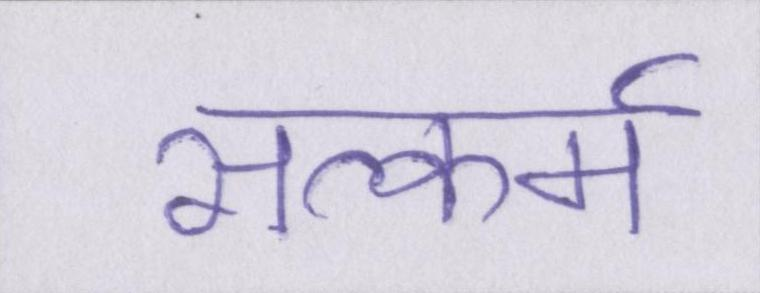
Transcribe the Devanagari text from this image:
सत्कर्म